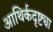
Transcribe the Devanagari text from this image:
आथिर्कदृष्ट्या